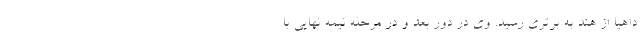
داهیا از هند به برتری رسید. وی در دور بعد و در مرحله نیمه نهایی با